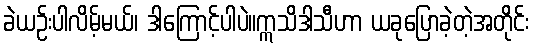
ခဲယဉ်းပါလိမ့်မယ်၊ ဒါကြောင့်ပါပဲ။ဣသိဒါသီဟာ ယခုပြောခဲ့တဲ့အတိုင်း